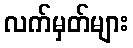
လက်မှတ်များ